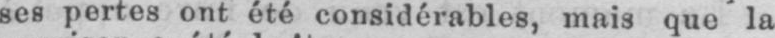
ses pertes ont été considérables, mais que la